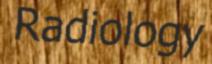
Radiology